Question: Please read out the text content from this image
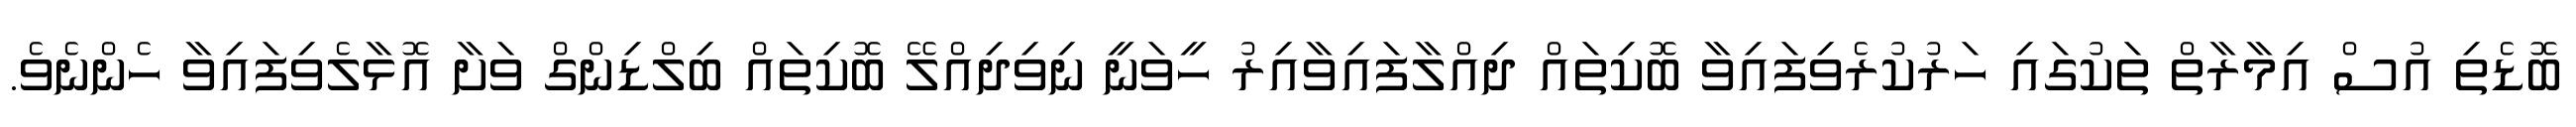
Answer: ބޮޑެތި އުސް އިމާރާތް ތަކުގައި ހަރުކުރެވިފައިވާ ބޮކިތައް ދިއްލާފައިވާއިރު ހީވަނީ ނިވިދިއްލޭ ބޮކިތައް ބިލްޑިންގް ވަށާ އޮޅާލެވިފައިވާ ހެންނެވެ.